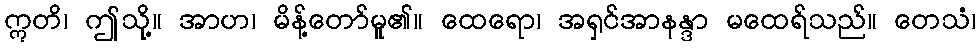
ဣတိ၊ ဤသို့။ အာဟ၊ မိန့်တော်မူ၏။ ထေရော၊ အရှင်အာနန္ဒာ မထေရ်သည်။ တေသံ၊